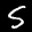
Label: 5